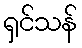
ရှင်သန်